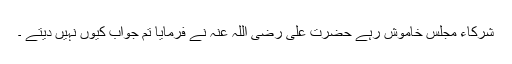
شرکاء مجلس خاموش رہے حضرت علی رضی اللہ عنہ نے فرمایا تم جواب کیوں نہیں دیتے ۔